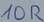
Text: 10R